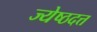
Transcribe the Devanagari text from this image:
ज्येष्ठदत्त